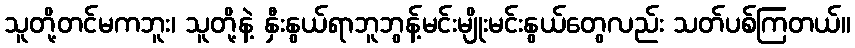
သူတို့တင်မကဘူး၊ သူတို့နဲ့ နှီးနွယ်ရာဘူဘွန့်မင်းမျိုးမင်းနွယ်တွေလည်း သတ်ပစ်ကြတယ်။